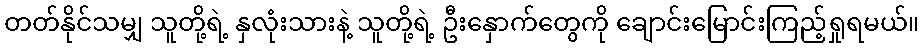
တတ်နိုင်သမျှ သူတို့ရဲ့ နှလုံးသားနဲ့ သူတို့ရဲ့ ဦးနှောက်တွေကို ချောင်းမြောင်းကြည့်ရှုရမယ်။